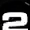
Digit: 2